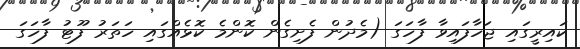
ކައިރީގައި ޖަހާފައިވާ ފާހަގަ (މެދުން ފެށިގެން ކޮންމެ ކޮޅެއްގައި ހަތަރު ފޫޓު ފާހަގަ